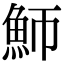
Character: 魳